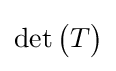
\det {\begin{pmatrix}T\end{pmatrix}}